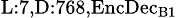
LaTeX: _{\textrm{L}:7,\textrm{D}:768,\textrm{EncDec}_{\textrm{B}1}}